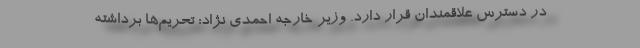
در دسترس علاقمندان قرار دارد. وزیر خارجه احمدی نژاد: تحریم‌ها برداشته